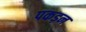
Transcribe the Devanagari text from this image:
पकड़न